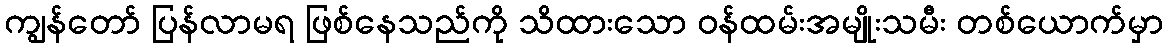
ကျွန်တော် ပြန်လာမရ ဖြစ်နေသည်ကို သိထားသော ဝန်ထမ်းအမျိုးသမီး တစ်ယောက်မှာ